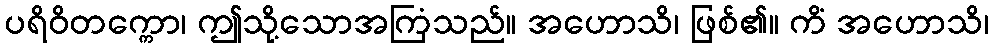
ပရိဝိတက္ကော၊ ဤသို့သောအကြံသည်။ အဟောသိ၊ ဖြစ်၏။ ကိံ အဟောသိ၊